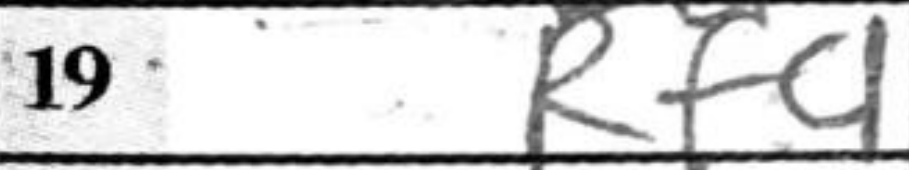
Transcription: Rf4